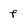
Character: f